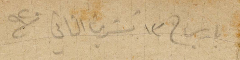
باريس في ١٣ تشرين الثاني ١٩٢٠